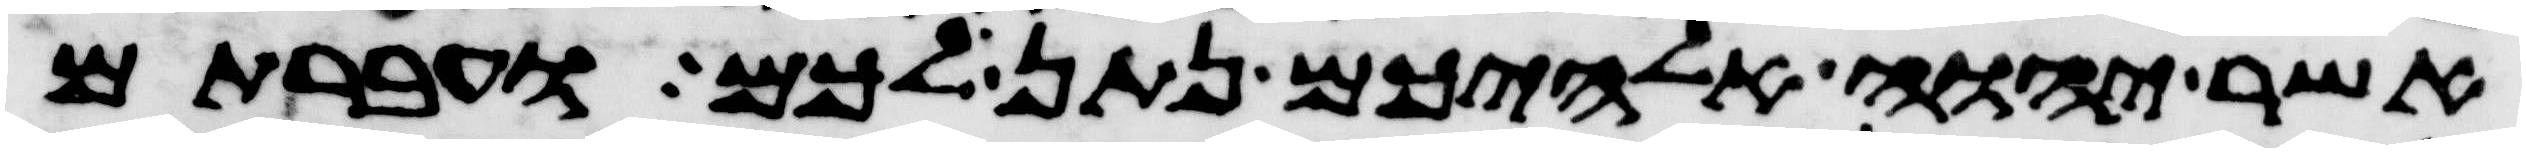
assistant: אשר יהוה אלהיכם נתן לכם ועברתם